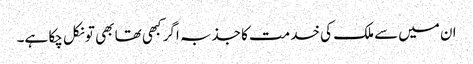
ان میں‌سے ملک کی خدمت کا جذبہ اگر کبھی تھا بھی تو نکل چکا ہے۔